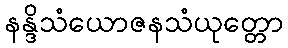
နန္ဒိသံယောဇနသံယုတ္တော